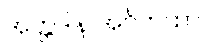
အတ္တဒါန အင်္ဂကထာ။